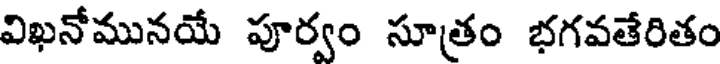
విఖనోమునయే పూర్వం సూత్రం భగవతేరితం